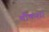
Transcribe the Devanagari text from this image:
चौकशा